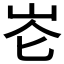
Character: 𪨧